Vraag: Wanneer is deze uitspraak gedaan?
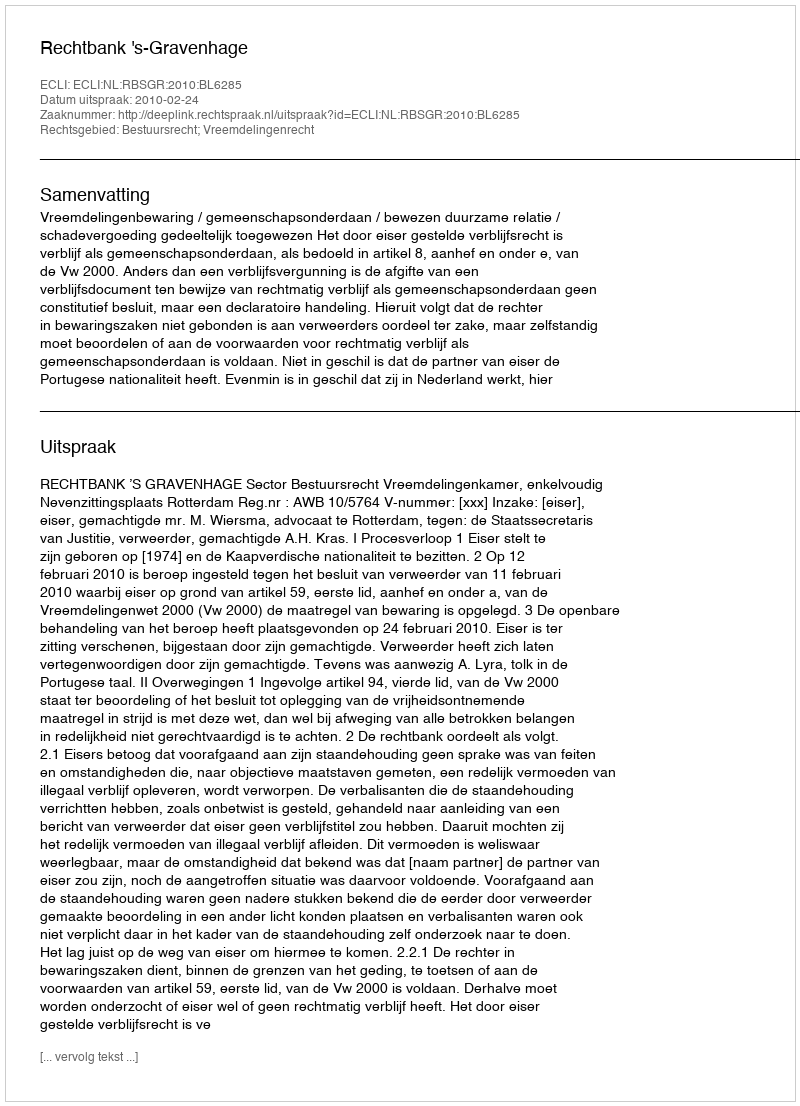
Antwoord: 2010-02-24